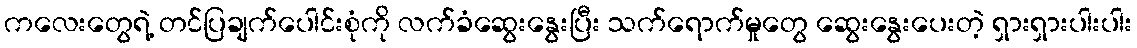
ကလေးတွေရဲ့ တင်ပြချက်ပေါင်းစုံကို လက်ခံဆွေးနွေးပြီး သက်ရောက်မှုတွေ ဆွေးနွေးပေးတဲ့ ရှားရှားပါးပါး